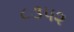
૮૩૫૨